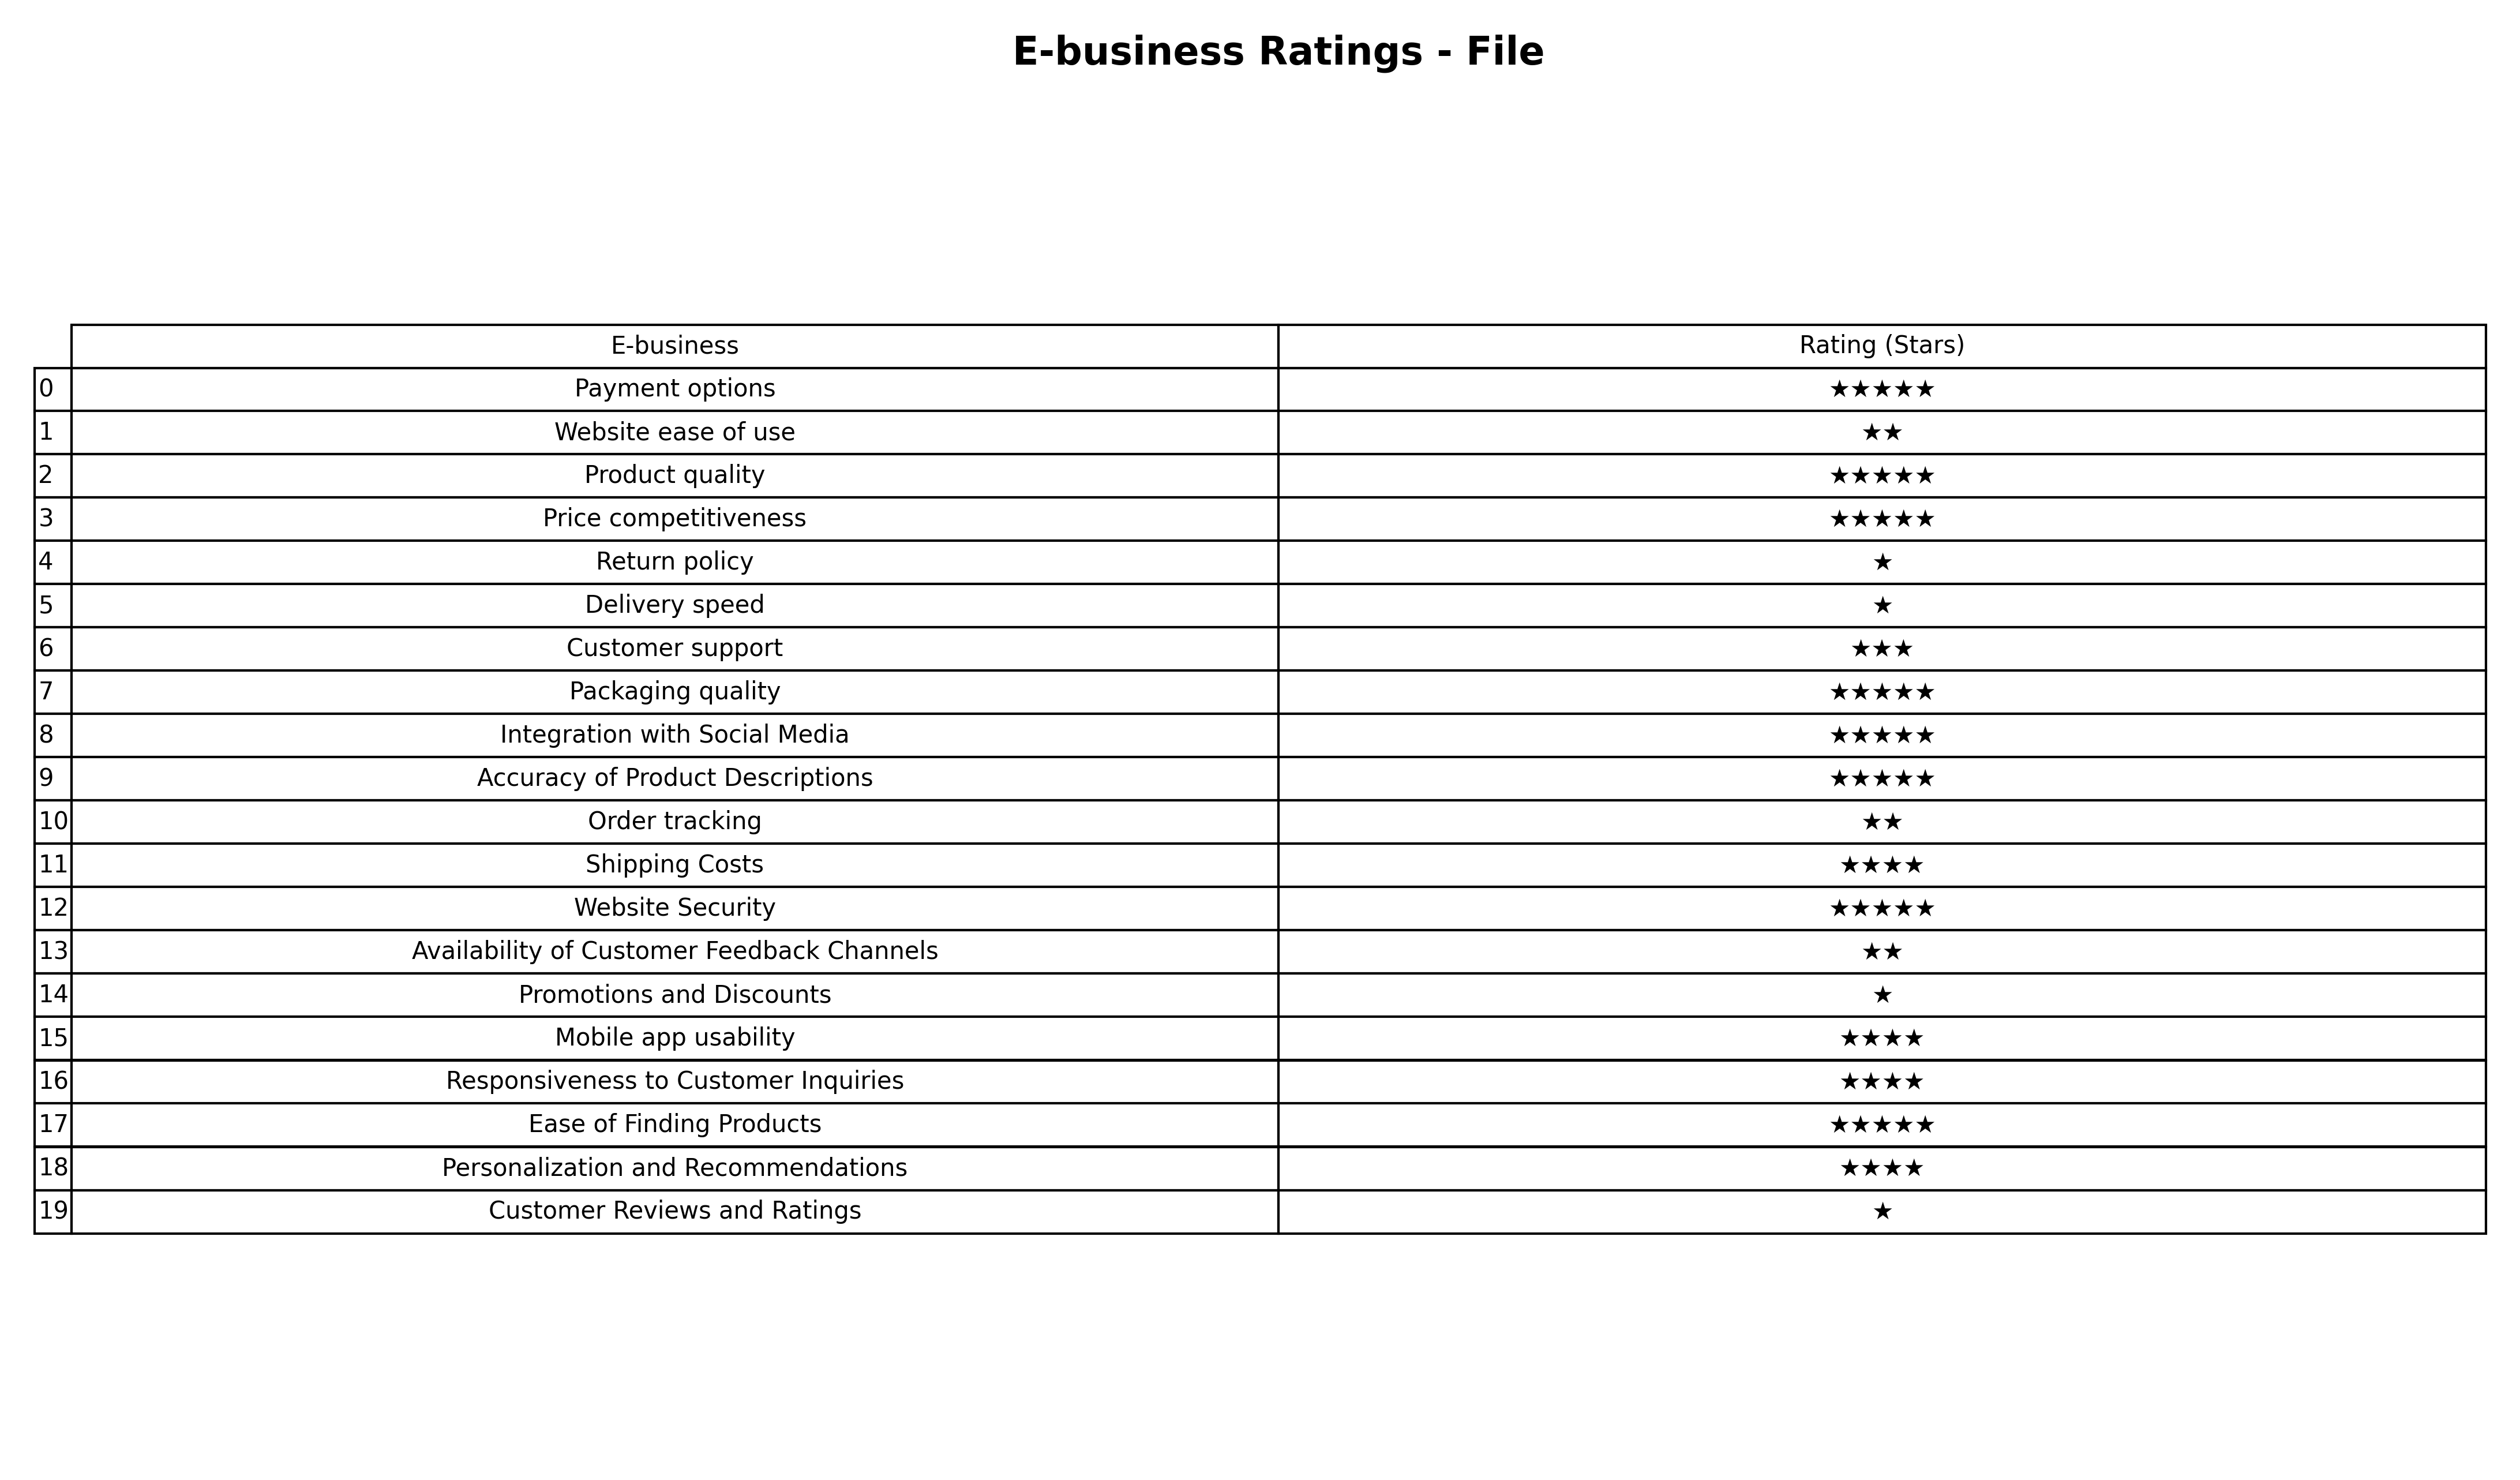
question: What are three star services?
answer: Customer support